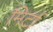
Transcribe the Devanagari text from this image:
मिर्टा